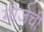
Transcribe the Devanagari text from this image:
मौजेची